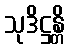
သုဒိဋ္ဌန္တိ